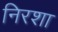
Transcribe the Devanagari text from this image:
निरशा